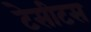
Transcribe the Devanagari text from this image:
टेसीटस